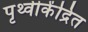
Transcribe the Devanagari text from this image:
पृथ्वीकेंद्रित